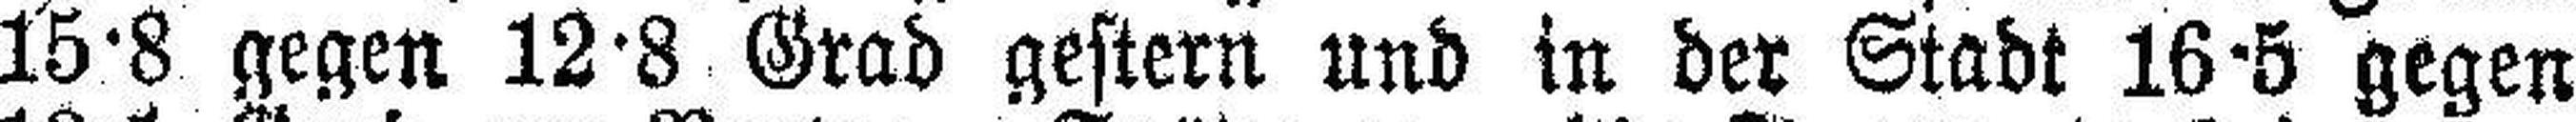
15·8 gegen 12·8 Grad gestern und in der Stadt 16·5 gegen